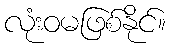
လုံးဝမဖြစ်နိုင်။